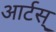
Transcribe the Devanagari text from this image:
आर्टस्‌